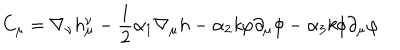
C _ { \mu } = \nabla _ { \nu } h _ { \mu } ^ { \nu } - \frac { 1 } { 2 } \alpha _ { 1 } \nabla _ { \mu } h - \alpha _ { 2 } { \it k } \varphi \partial _ { \mu } \phi - \alpha _ { 3 } { \it k } \phi \partial _ { \mu } \varphi